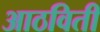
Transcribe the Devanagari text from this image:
आठविती